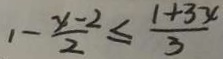
1 - \frac { x - 2 } { 2 } \leq \frac { 1 + 3 x } { 3 }